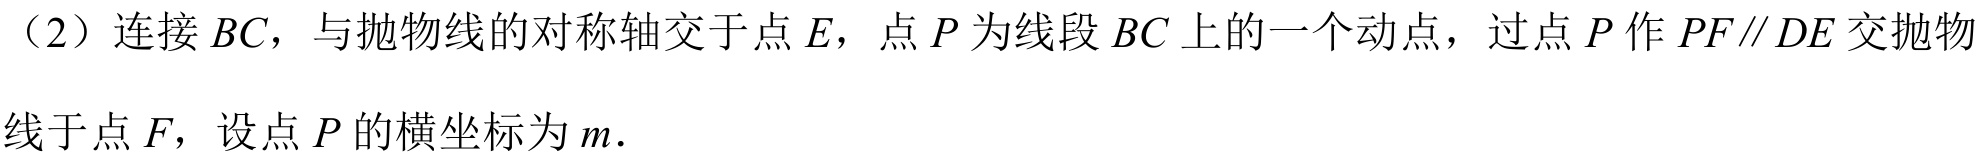
（2）连接 \(BC\)，与抛物线的对称轴交于点 \(E\)，点 \(P\) 为线段 \(BC\) 上的一个动点，过点 \(P\) 作 \(PF\parallel DE\) 交抛物
线于点 \(F\)，设点 \(P\) 的横坐标为 \(m\).